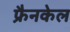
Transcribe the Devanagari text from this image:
फ्रैनकेल